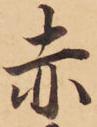
赤